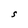
Character: S